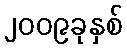
၂၀၀၉ခုနှစ်